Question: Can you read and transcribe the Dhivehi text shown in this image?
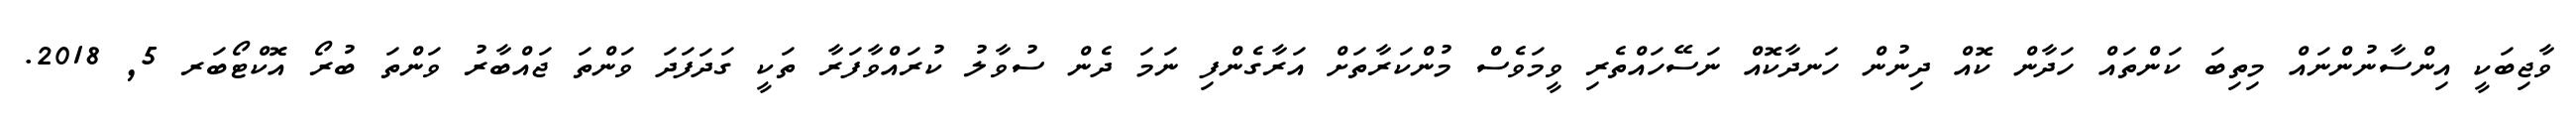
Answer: ވާޖިބަކީ އިންސާނުންނައް މިތިބަ ކަންތައް ހަދާން ކޮއް ދިނުން ހަނދާކޮއް ނަސޭހައްތެރި ވީމަވެސް މުންކަރާތަށް އަރާގެންފި ނަމަ ދެން ސުވާލު ކުރައްވާފަރާ ތަކީ ގަދަފަދަ ވަންތަ ޖައްބާރު ވަންތަ ބުރޯ އޮކްޓޯބަރ 5, 2018.